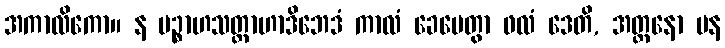
အကာလိကော။ န ပဉ္စာဟသတ္တာဟာဒိဘေဒံ ကာလံ ခေပေတွာ ဖလံ ဒေတိ, အတ္တနော ပန